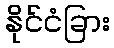
နိုင်ငံခြား